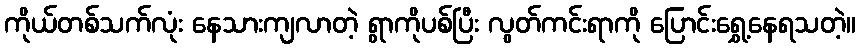
ကိုယ်တစ်သက်လုံး နေသားကျလာတဲ့ ရွာကိုပစ်ပြီး လွတ်ကင်းရာကို ပြောင်းရွှေ့နေရသတဲ့။